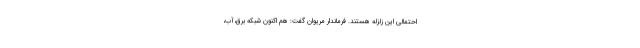
احتمالی این زلزله هستند. فرماندار مریوان گفت: هم اکنون شبکه برق،آب،